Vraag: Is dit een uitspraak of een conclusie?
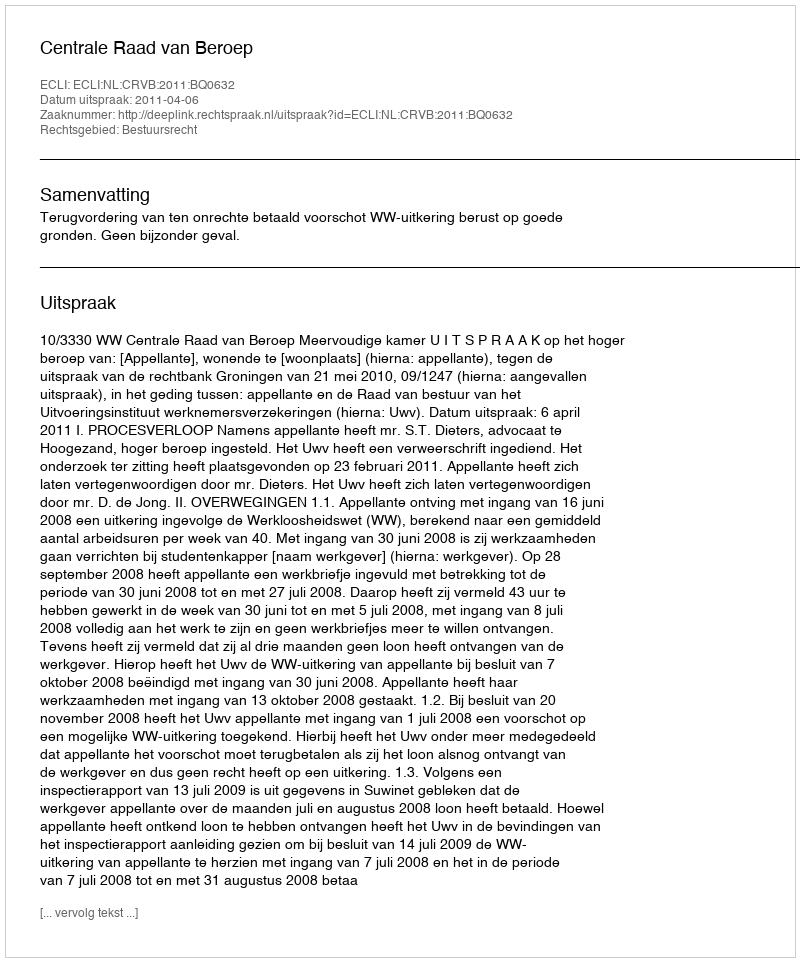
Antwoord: Uitspraak